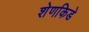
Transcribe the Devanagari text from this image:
शेणकिडे